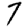
Digit: 7